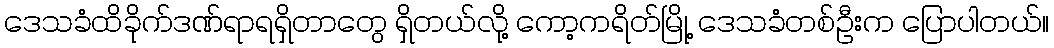
ဒေသခံထိခိုက်ဒဏ်ရာရရှိတာတွေ ရှိတယ်လို့ ကော့ကရိတ်မြို့ ဒေသခံတစ်ဦးက ပြောပါတယ်။